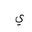
Letter: _ya